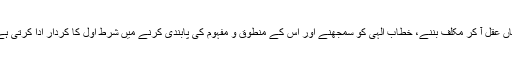
یہاں عقل آ کر مکلف بننے، خطاب الہی کو سمجھنے اور اس کے منطوق و مفہوم کی پابندی کرنے میں شرط اول کا کردار ادا کرتی ہے۔